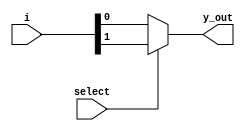
`timescale 1ns / 1ps

module mux_2_1(
    input [1:0] i,
    input select,
    output y_out    
    );
    assign y_out= select ? i[1] : i[0];
endmodule

module gates_mux(
    input a, b,
    output nand_out, nor_out
    );
    wire bbar;
    
    mux_2_1 mbbar({1'b0, 1'b1}, b, bbar);
    
    mux_2_1 mnand({bbar, 1'b1}, a, nand_out);
    mux_2_1 mnor({1'b0, bbar}, a, nor_out);
endmodule